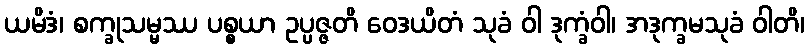
ယမိဒံ၊ စက္ခုသမ္မဿ ပစ္စယာ ဥပ္ပဇ္ဇတိ ဝေဒယိတံ သုခံ ဝါ ဒုက္ခံဝါ၊ အဒုက္ခမသုခံ ဝါတိ၊